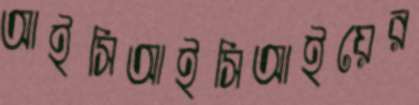
আইসিআইসিআইয়ের